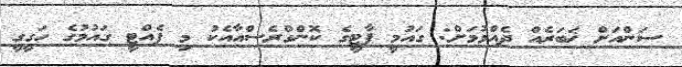
ސަންއަށް ޚަބަރެއް ދެއްވުމަށް: ގައުމީ ޕާޓީގެ ކޮންގްރެސްއާއެކު މި ފެއްޓީ ގައުމުގެ ހަގީގީ